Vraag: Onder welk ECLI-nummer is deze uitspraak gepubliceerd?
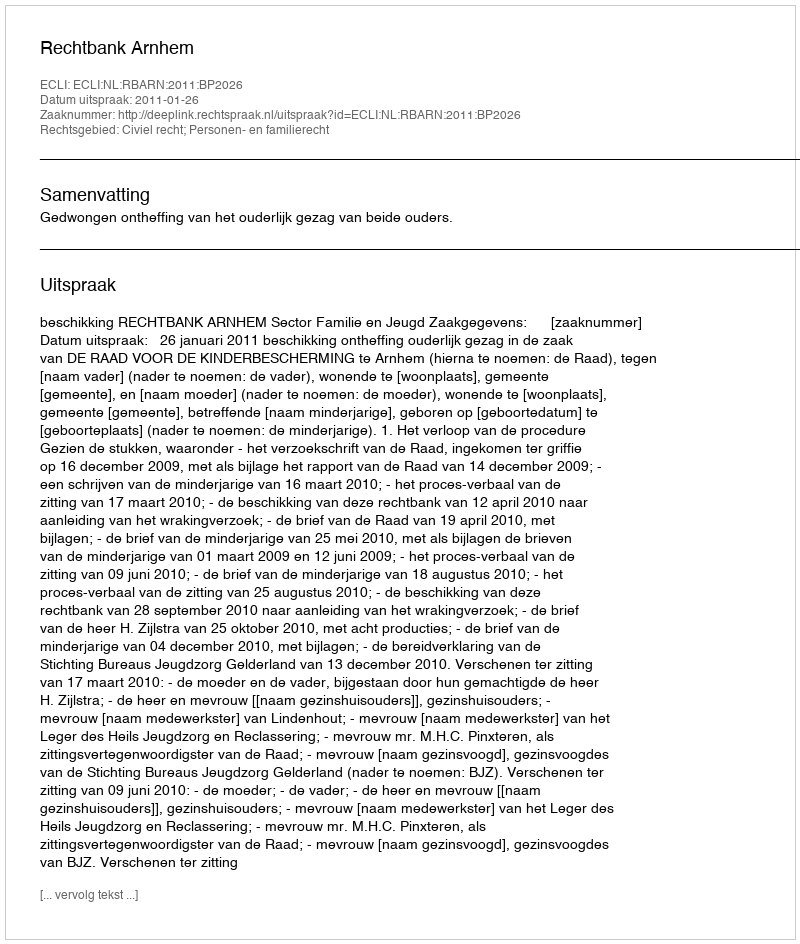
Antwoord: ECLI:NL:RBARN:2011:BP2026